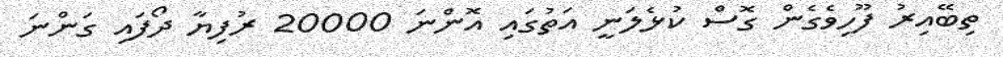
ތިބޭއިރު ފޫހިވެގެން ގޮސް ކުޅެލަނީ އަތުގައި އޮންނަ 20000 ރުފިޔާ ދޯފައި ގަންނަ